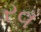
રવ